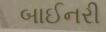
બાઈનરી